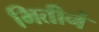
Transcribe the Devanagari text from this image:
भितीनं